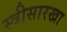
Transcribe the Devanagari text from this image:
स्त्रीसारखा